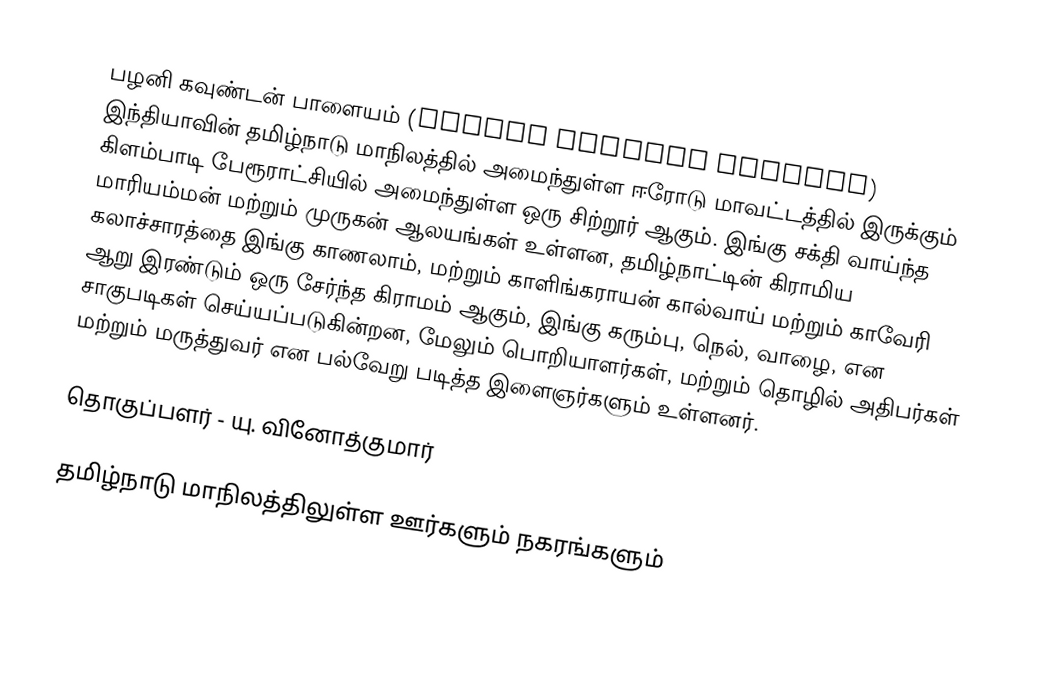
பழனி கவுண்டன் பாளையம் (Palani Goundan Palayam) இந்தியாவின் தமிழ்நாடு மாநிலத்தில் அமைந்துள்ள ஈரோடு மாவட்டத்தில் இருக்கும் கிளம்பாடி பேரூராட்சியில் அமைந்துள்ள ஒரு சிற்றூர் ஆகும். இங்கு சக்தி வாய்ந்த மாரியம்மன் மற்றும் முருகன் ஆலயங்கள் உள்ளன, தமிழ்நாட்டின் கிராமிய கலாச்சாரத்தை இங்கு காணலாம், மற்றும் காளிங்கராயன் கால்வாய் மற்றும் காவேரி ஆறு இரண்டும் ஒரு சேர்ந்த கிராமம் ஆகும், இங்கு கரும்பு, நெல், வாழை, என சாகுபடிகள் செய்யப்படுகின்றன, மேலும் பொறியாளர்கள், மற்றும் தொழில் அதிபர்கள் மற்றும் மருத்துவர் என பல்வேறு படித்த இளைஞர்களும் உள்ளனர்.

தொகுப்பளர் - யு. வினோத்குமார்

தமிழ்நாடு மாநிலத்திலுள்ள ஊர்களும் நகரங்களும்